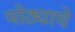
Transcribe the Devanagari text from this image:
मोठ्याचे